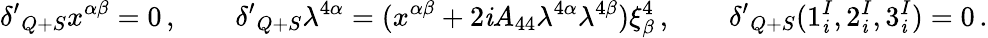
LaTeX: {\delta^{\prime}}_{Q+S}x^{\alpha\beta}=0\, ,\qquad{\delta^{\prime}}_{Q+S}\lambda^{4\alpha}=(x^{\alpha\beta}+2\mathit{i}A_{44}\lambda^{4\alpha}\lambda^{4\beta})\xi_{\beta}^{4}\, ,\qquad{\delta^{\prime}}_{Q+S}(1_{\mathit{i}}^{I},2_{\mathit{i}}^{I},3_{\mathit{i}}^{I})=0\, .